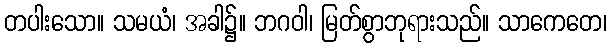
တပါးသော။ သမယံ၊ အခါ၌။ ဘဂဝါ၊ မြတ်စွာဘုရားသည်။ သာကေတေ၊